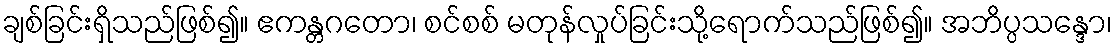
ချစ်ခြင်းရှိသည်ဖြစ်၍။ ဧကန္တဂတော၊ စင်စစ် မတုန်လှုပ်ခြင်းသို့ရောက်သည်ဖြစ်၍။ အဘိပ္ပသန္ဒော၊